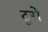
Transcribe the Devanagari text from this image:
टूरो